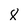
Character: 8